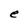
Character: e